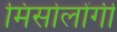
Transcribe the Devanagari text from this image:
मिसोलोंगी